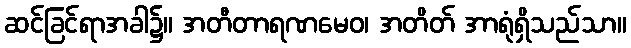
ဆင်ခြင်ရာအခါ၌။ အတီတာရဏမေဝ၊ အတိတ် အာရုံရှိသည်သာ။